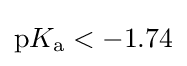
\mathrm {p} K_{{\ce {a}}}<-1.74